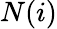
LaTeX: N(i)